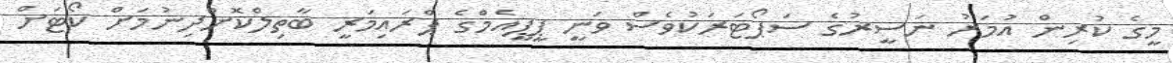
މީގެ ކުރިން އުމަރު ނަސީރުގެ ސަޕޯޓަރަކުވެސް ވަނީ ޕީޕީއެމްގެ ޕްރައިމަރީ ބާތިލްކޮށްދިނުމަށް ކޯޓަށް